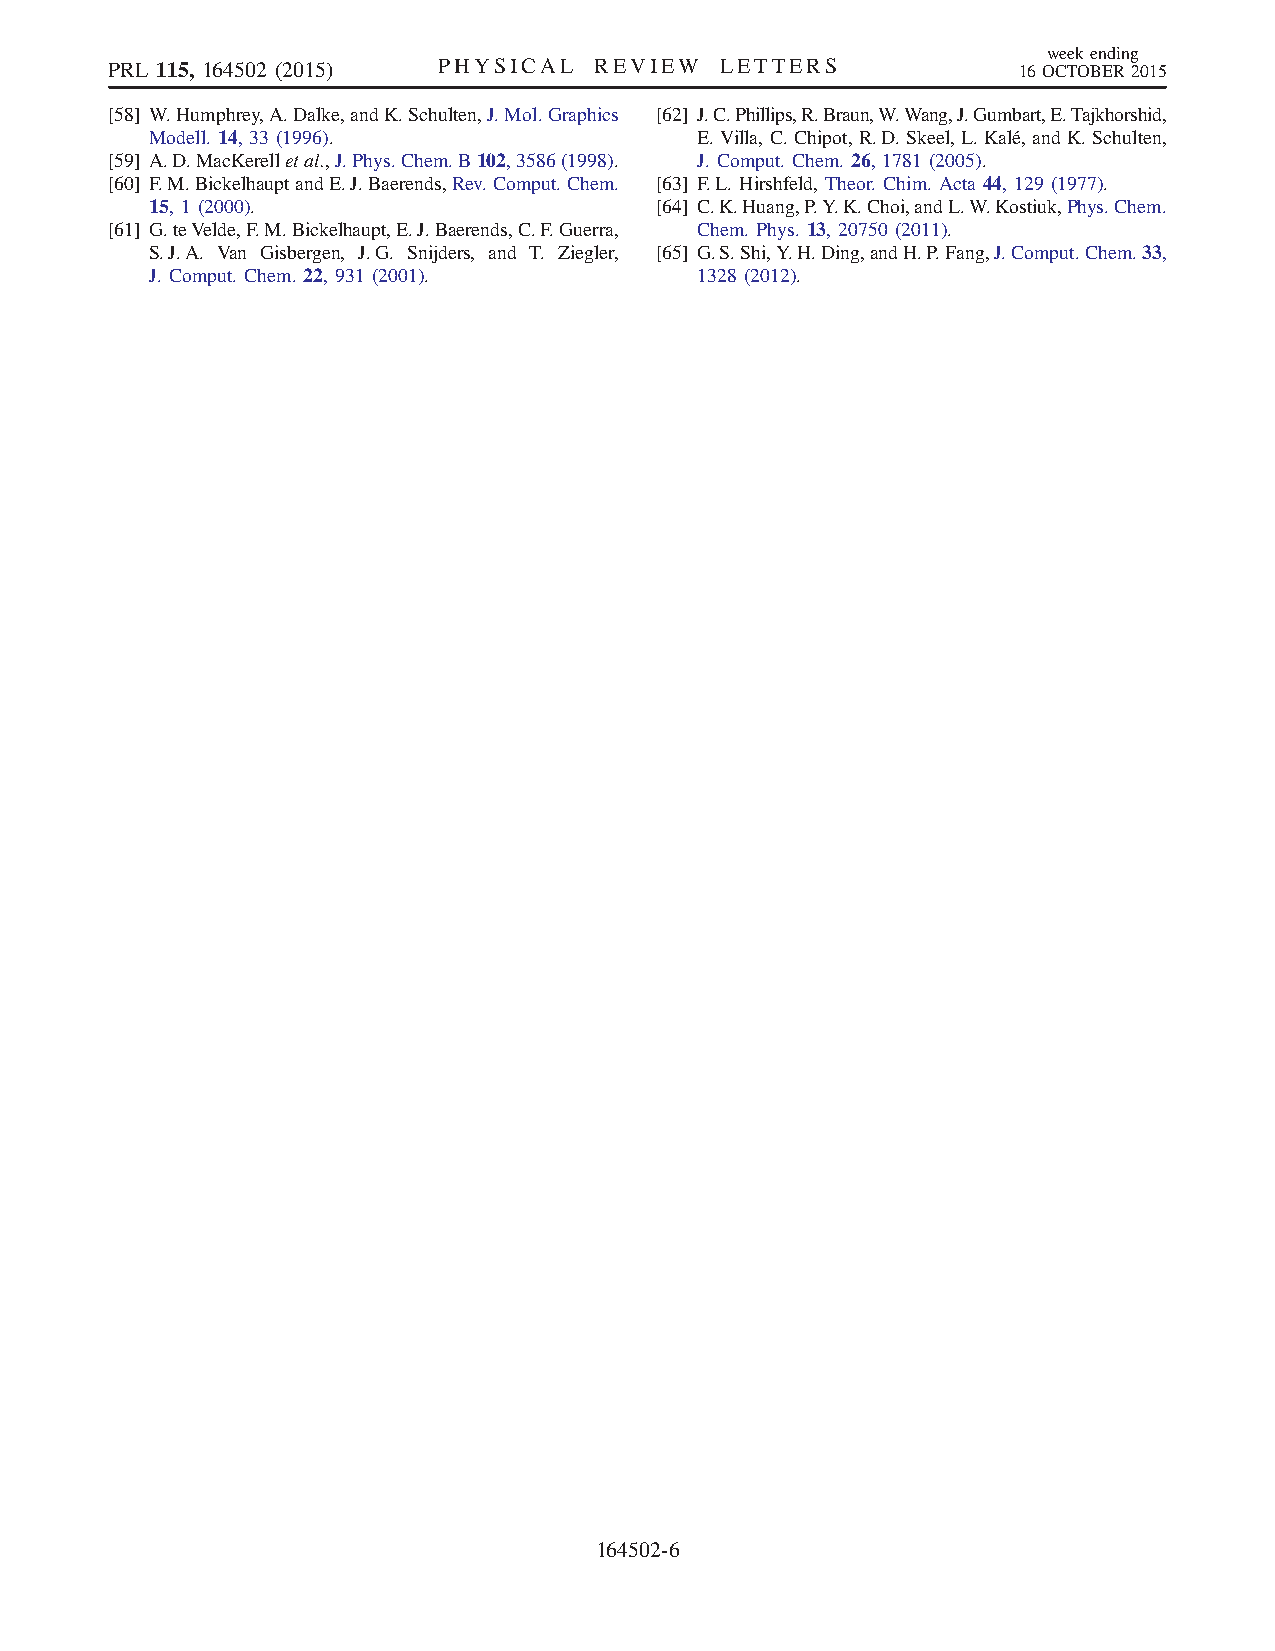
weekending
 PRL 115, 164502 (2015) PHYSICAL REVIEW   LETTERS            16OCTOBER2015
 [58] W.Humphrey,A.Dalke,andK.Schulten,J.Mol.Graphics [62] J.C.Phillips,R.Braun,W.Wang,J.Gumbart,E.Tajkhorshid,
 Modell. 14, 33 (1996).              E.Villa, C. Chipot, R.D. Skeel, L.Kalé, and K. Schulten,
 [59] A.D.MacKerelletal.,J.Phys.Chem.B102,3586(1998). J. Comput. Chem. 26, 1781 (2005).
 [60] F.M.BickelhauptandE.J.Baerends,Rev.Comput.Chem. [63] F.L. Hirshfeld, Theor. Chim. Acta 44, 129 (1977).
 15, 1 (2000).                    [64] C.K.Huang,P.Y.K.Choi,andL.W.Kostiuk,Phys.Chem.
 [61] G.teVelde,F.M.Bickelhaupt,E.J.Baerends,C.F.Guerra, Chem. Phys. 13, 20750 (2011).
 S.J.A. Van Gisbergen, J.G. Snijders, and T. Ziegler, [65] G.S.Shi,Y.H.Ding,andH.P.Fang,J.Comput.Chem.33,
 J. Comput. Chem. 22, 931 (2001).    1328 (2012).
 164502-6